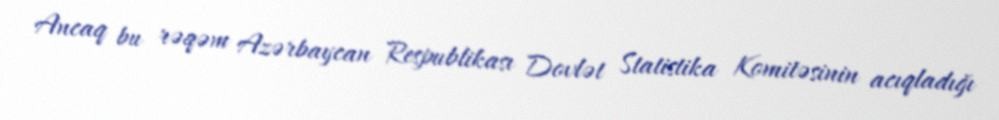
Ancaq bu rəqəm Azərbaycan Respublikası Dovlət Statistika Komitəsinin acıqladığı